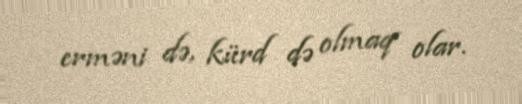
erməni də, kürd də olmaq olar.